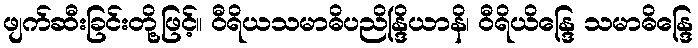
ဖျက်ဆီးခြင်းတို့ဖြင့်။ ဝီရိယသမာဓိပညိန္ဒြိယာနိ၊ ဝီရိယိန္ဒြေ သမာဓိန္ဒြေ